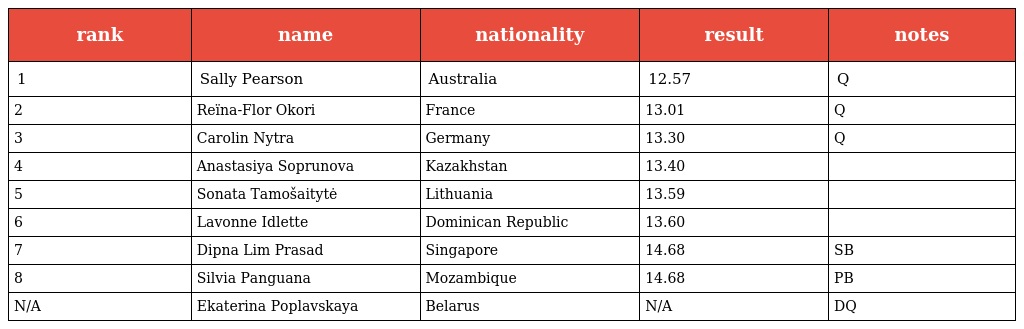
| rank | name | nationality | result | notes |
 | --- | --- | --- | --- | --- |
 | 1 | Sally Pearson | Australia | 12.57 | Q |
 | 2 | Reïna-Flor Okori | France | 13.01 | Q |
 | 3 | Carolin Nytra | Germany | 13.30 | Q |
 | 4 | Anastasiya Soprunova | Kazakhstan | 13.40 |  |
 | 5 | Sonata Tamošaitytė | Lithuania | 13.59 |  |
 | 6 | Lavonne Idlette | Dominican Republic | 13.60 |  |
 | 7 | Dipna Lim Prasad | Singapore | 14.68 | SB |
 | 8 | Silvia Panguana | Mozambique | 14.68 | PB |
 | N/A | Ekaterina Poplavskaya | Belarus | N/A | DQ |